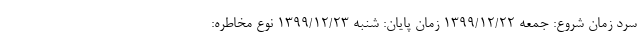
سرد زمان شروع: جمعه ۱۳۹۹/۱۲/۲۲ زمان پایان: شنبه ۱۳۹۹/۱۲/۲۳ نوع مخاطره: